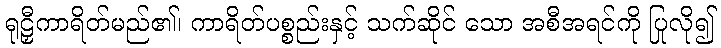
ရုဠှီကာရိတ်မည်၏၊ ကာရိတ်ပစ္စည်းနှင့် သက်ဆိုင် သော အစီအရင်ကို ပြုလို၍